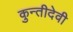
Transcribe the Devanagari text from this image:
कुन्तीदेवी